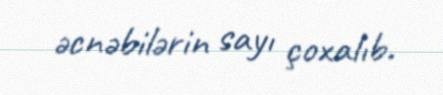
əcnəbilərin sayı çoxalıb.